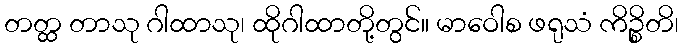
တတ္ထ တာသု ဂါထာသု၊ ထိုဂါထာတို့တွင်။ မာဝေါစ ဖရုသံ ကိဉ္စိတိ၊